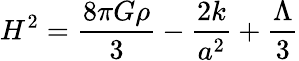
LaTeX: H^{2}=\frac{8\pi G\rho}{3}-\frac{2k}{a^{2}}+\frac{\Lambda}{3}